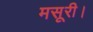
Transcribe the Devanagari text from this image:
मसूरी।